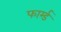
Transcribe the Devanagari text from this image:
फार्म्ड